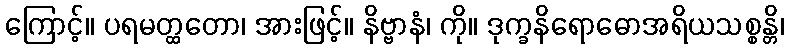
ကြောင့်။ ပရမတ္ထတော၊ အားဖြင့်။ နိဗ္ဗာနံ၊ ကို။ ဒုက္ခနိရောဓောအရိယသစ္စန္တိ၊